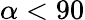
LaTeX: \alpha<90